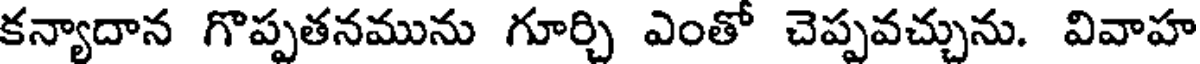
కన్యాదాన గొప్పతనమును గూర్చి ఎంతో చెప్పవచ్చును. వివాహ